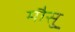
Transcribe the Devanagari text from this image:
मौसु